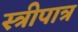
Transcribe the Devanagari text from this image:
स्त्रीपात्र